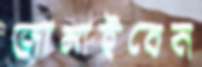
জানাইবেন